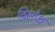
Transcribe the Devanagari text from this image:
विमोक्ष